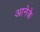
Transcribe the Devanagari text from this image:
आनेके